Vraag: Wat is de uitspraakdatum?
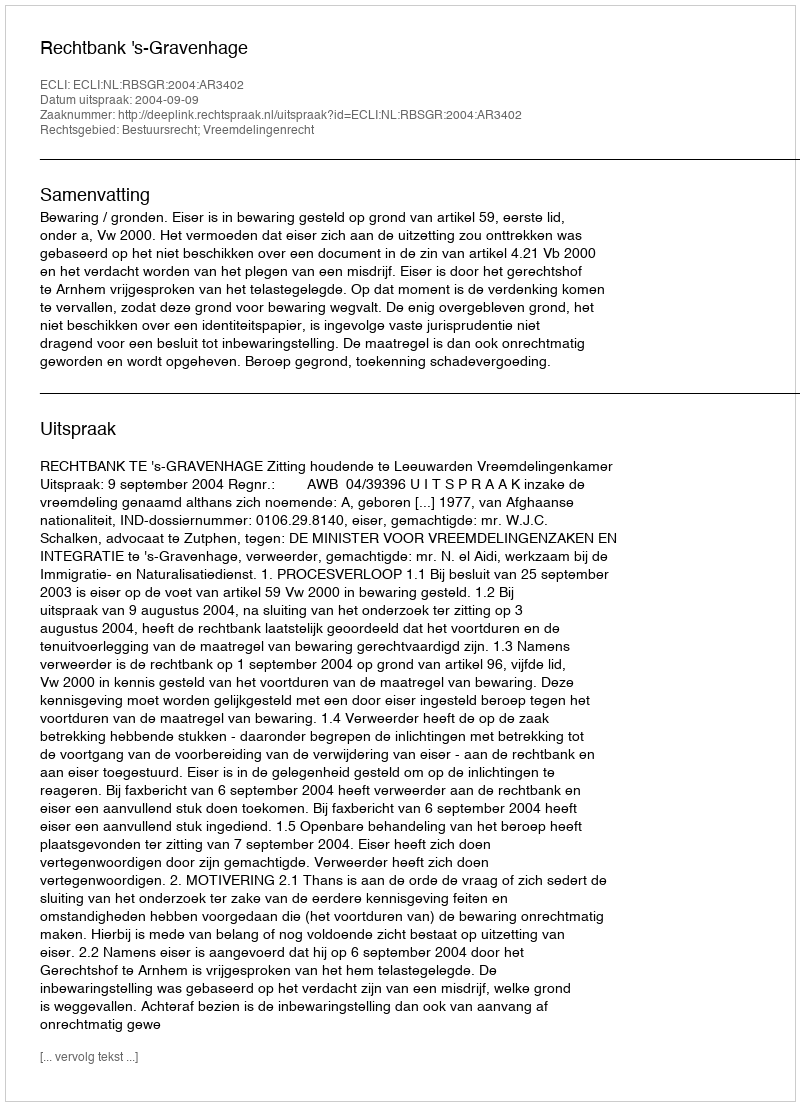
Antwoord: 2004-09-09